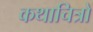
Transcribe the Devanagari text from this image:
कथाचित्रों